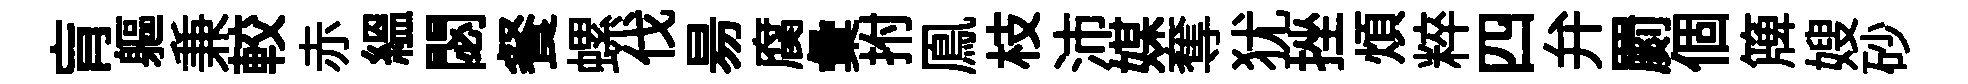
肓軀兼較赤緼閟餐螺伐昜腐彙拊鳯枝沛媒奪犹挫煩粹四弁罽個簰嫂砂